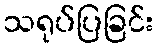
သရုပ်ပြခြင်း